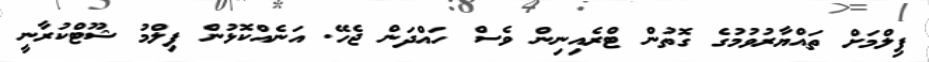
ފިލްމަށް ތައްޔާރުވުމުގެ ގޮތުން ޓްރެއިނިން ވެސް ހައްދަން ޖެހޭ. އަނެއްކޮޅުން ފިލްމު ޝޫޓްކުރާނީ